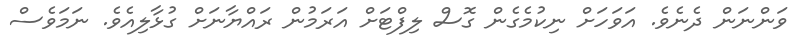
ވަންނަން ދެނެވެ. އަވަަހަށް ނިކުމެގެން ގޮސް ލިފްޓަށް އަރަމުން ރައްޔާނަށް ގުޅާލިއެވެ. ނަމަވެސް